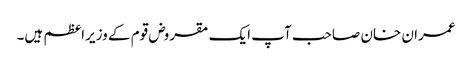
عمران خان صاحب آپ ایک مقروض قوم کے وزیراعظم ہیں۔